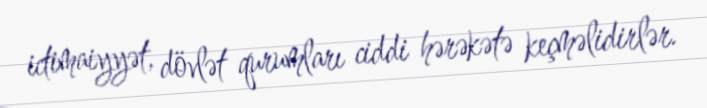
ictimaiyyət, dövlət qurumları ciddi hərəkətə keçməlidirlər.